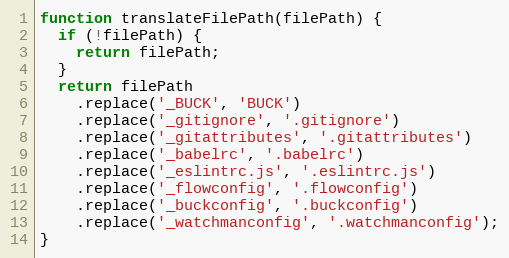
Language: JavaScript
function translateFilePath(filePath) {
  if (!filePath) {
    return filePath;
  }
  return filePath
    .replace('_BUCK', 'BUCK')
    .replace('_gitignore', '.gitignore')
    .replace('_gitattributes', '.gitattributes')
    .replace('_babelrc', '.babelrc')
    .replace('_eslintrc.js', '.eslintrc.js')
    .replace('_flowconfig', '.flowconfig')
    .replace('_buckconfig', '.buckconfig')
    .replace('_watchmanconfig', '.watchmanconfig');
}